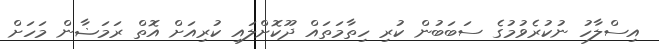
އިސްލާހު ނުކުރެވުމުގެ ސަބަބުން ކުރި ހިތާމަތައް ދޫކޮށްލައި ކުރިއަށް އޮތް ރަމަޟާން މަހަށް